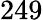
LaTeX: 249